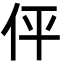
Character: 伻